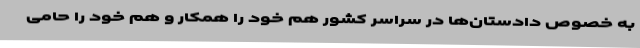
به خصوص دادستان‌ها در سراسر کشور هم خود را همکار و هم خود را حامی